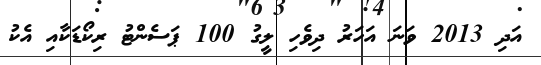
އަދި 2013 ވަނަ އަހަރު ދިވެހި ލީގު 100 ޕަސެންޓު ރިކޯޑަކާއި އެކު